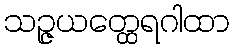
သဉ္ဇယတ္ထေရဂါထာ